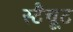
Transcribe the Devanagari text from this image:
स्टैचूट